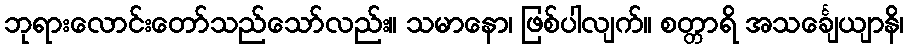
ဘုရားလောင်းတော်သည်သော်လည်း။ သမာနော၊ ဖြစ်ပါလျက်။ စတ္တာရိ အသင်္ချေယျာနိ၊